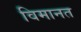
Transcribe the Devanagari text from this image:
विमानत